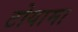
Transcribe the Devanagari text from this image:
टोयामा